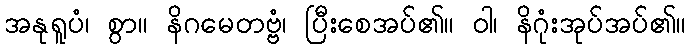
အနုရူပံ၊ စွာ။ နိဂမေတဗ္ဗံ၊ ပြီးစေအပ်၏။ ဝါ၊ နိဂုံးအုပ်အပ်၏။